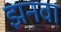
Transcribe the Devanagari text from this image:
झनवा